Indian journal of veterinary science and animal husbandry - Volume 6,
Year: 1936
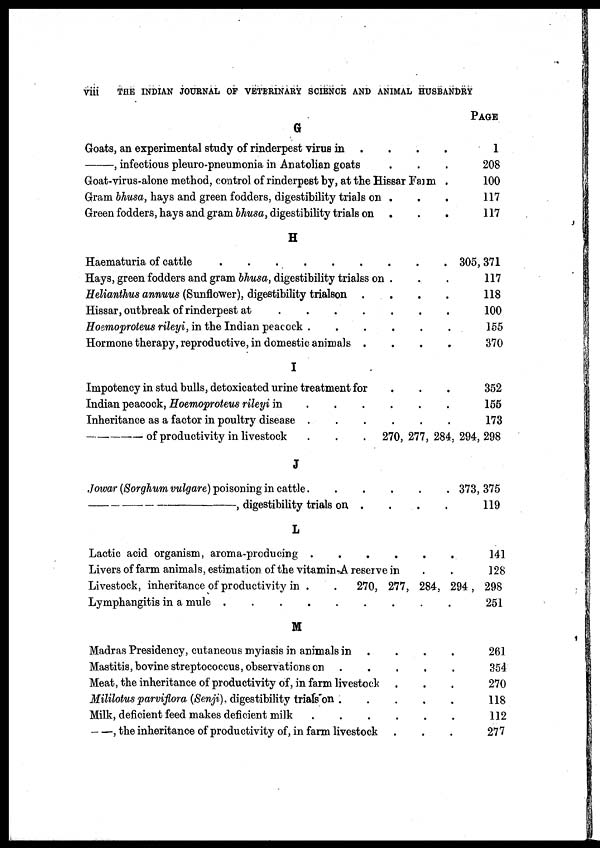
viii
THE INDIAN JOURNAL OF VETERINARY SCIENCE AND ANIMAL HUSBANDRY
G
Goats, an experimental study of rinderpest virus in ....
—,
infectious pleuro-pneumonia in Anatolian goats ...
Goat-virus-alone method, control of rinderpest by, at the Hissar Farm
Gram bhusa, hays and green fodders, digestibility trials on ..
Green fodders, hays and gram bhusa, digestibility trials on ..
H
Haematuria of cattle ......
Hays, green fodders and gram bhusa, digestibility trialss on ...
Helianthus annuus (Sunflower), digestibility trialson ....
Hissar, outbreak of rinderpest at
Hoemoproteus rileyi,in the Indian peacock
Hormone therapy, reproductive, in domestic animals ....
I
Impotency in stud bulls, detoxicated urine treatment for ..
Indian peacock, Hoemoproteus rileyi in
Inheritance as a factor in poultry disease
.....
—of
productivity in livestock .....
J
Jowar (Sorghum vulgare) poisoning in cattle
—,
digestibility trials on ....
L
Lactic acid organism, aroma-producing
Livers of farm animals, estimation of the vitamin -A reserve in ..
Livestock, inheritance of productivity in
.....
Lymphangitis in a mule
........
M
Madras Presidency, cutaneous myiasis in animals in .....
Mastitis, bovine streptococcus, observations on
....
Meat, the inheritance of productivity of, in farm livestock ...
Mililotus parviflora (Senji), digestibility trials on ....
Milk, deficient feed makes deficient milk
—, the inheritance of productivity of, in farm livestock
PAGE
1
208
100
117
117
305,371
117
118
100
155
370
352
155
173
270,277,284,294,298
373,375
119
141
128
270,277,284,294,298
251
261
354
270
118
112
277